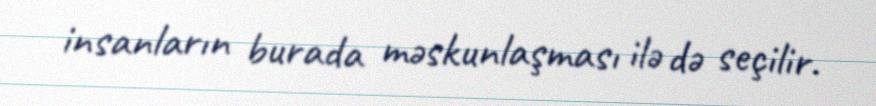
insanların burada məskunlaşması ilə də seçilir.